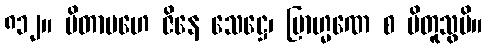
၈၁၂။ ပိတာမဟေ ဇိနေ သေဋ္ဌေ၊ ဗြာဟ္မဏေ စ ပိတူသွပိ။